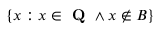
\{ x : x \in { \textbf { Q } } \land x \notin B \}